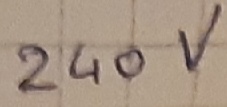
Text: 240V